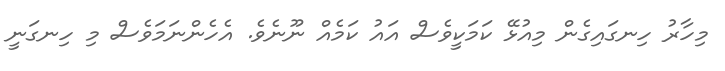
މިހާރު ހިނގައިގެން މިއުޅޭ ކަމަކީވެސް އައު ކަމެއް ނޫނެވެ. އެހެންނަމަވެސް މި ހިނގަނީ